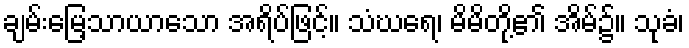
ချမ်းမြေ့သာယာသော အရိပ်ဖြင့်။ သံဃရေ၊ မိမိတို့၏ အိမ်၌။ သုခံ၊